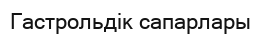
Гастрольдік сапарлары